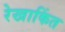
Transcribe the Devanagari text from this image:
रेखाकिंत